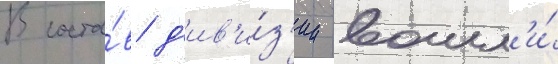
В соста́в д'ив'и́з'ии вошл'и́